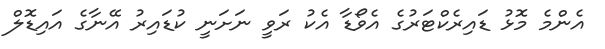
އެންމެ މޮޅު ޑައިރެކްޓަރުގެ އެވޯޑާ އެކު ރަވީ ނަށަނީ ކުޑައިރު އޭނާގެ އައިޑޮލް